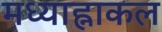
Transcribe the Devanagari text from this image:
मध्याह्नाकल